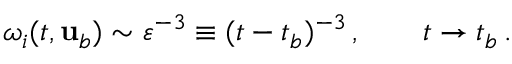
\omega _ { i } ( t , { \mathbf { u } } _ { b } ) \sim \varepsilon ^ { - 3 } \equiv ( t - t _ { b } ) ^ { - 3 } \, , \qquad t \to t _ { b } \, .